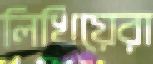
লিখিয়েরা